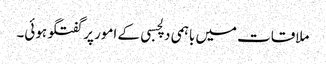
ملاقات میں باہمی دلچسبی کے امور پر گفتگو ہوئی۔